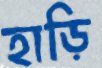
হাড়ি